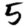
Digit: 5